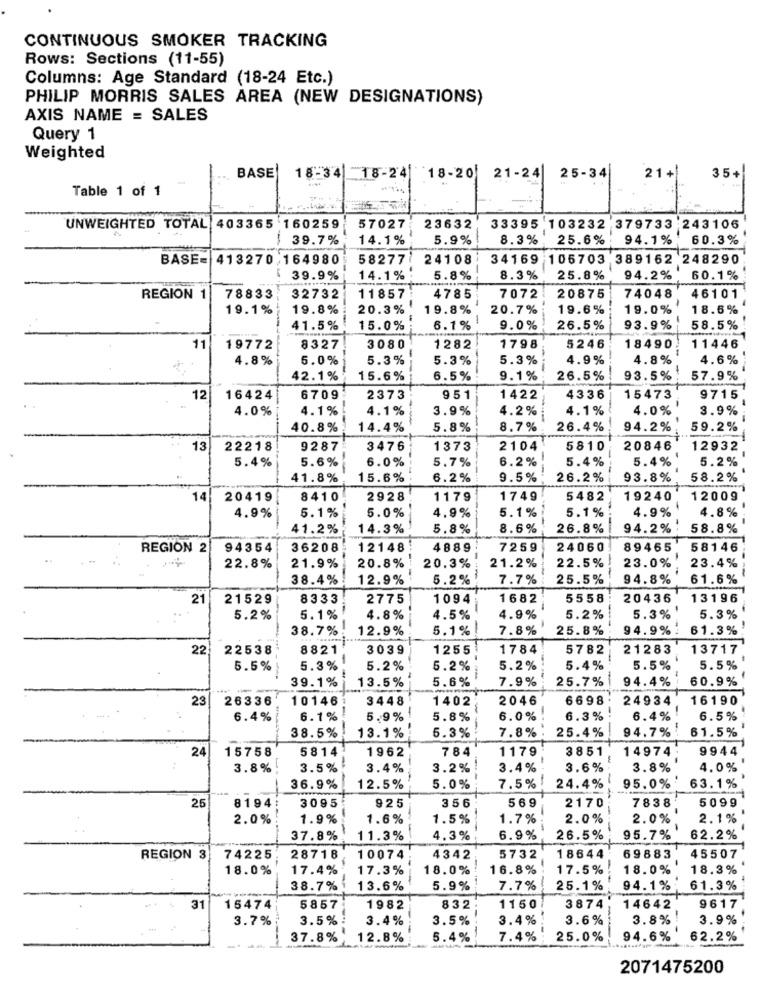
CONTINUOUS SMOKER TRACKING
Rows: Sections (11-55)
Columns: Age Standard (18-24 Etc.)
PHILIP MORRIS SALES AREA (NEW DESIGNATIONS)
AXIS NAME = SALES
Query 1
Weighted
35+
BASE
18-34 18-241 18-20
21-24
25-34
21+1
Table 1 of 1
UNWEIGHTED TOTAL 403365 160259
57027
23632
33395 103232
379733:243106
39.7%
14.1%
5.9%
8.3%
25.6%
94.1%
60.3%
BASE=
413270 164980
58277
24108
34169 105703
389162 248290
39.9%
14.1%
5.8%
8.3%
25.8%
94.2%
60.1%
REGION 1
78833
32732
11857
4785
7072
20875
74048
46101
19.1%
19.8%
20.3%
19.8%
20.7%
19.6%
19.0%
18.6%
41.5%
15.0%
6.1%
9.0%
26.5%
93.9%
58.5%
11
19772
8327
3080
1282
1798
5246
18490
11446
4.8%
5.0%
5.3%
5.3%
5.3%
4.9%
4.8%
4.6%
42.1%
15.6%
6.5%
9.1%
26.5%
93.5%
57.9%
12
16424
6709
2373
951
1422
4336
15473
9715
4.0%
4.1%
4.1%
3.9%
4.2%
4.1%
4.0%
3.9%
40.8%
14.4%
5.8%
8.7%
26.4%
94.2%
59.2%
13
22218
9287
3476
1373
2104
5810
20846
12932
5.4%
5.6%
6.0%
5.7%
6.2%
5.4%
5.4%
5.2%
41.8%
15.6%
6.2%
9.5%
26.2%
93.8%
58.2%
14
20419
8410
2928
1179
1749
5482
19240
12009
5.0%
5.1%
5.1%
4.9%
4.8%
4.9%
5.1%
4.9%
41.2%
14.3%
5.8%
8.6%
26.8%
94.2%
58.8%
REGION 2
94354
36208
-------
12148
4889
7259
24060
89465
58146
23.0%
23.4%
22.8%
21.9%
20.8%
20.3%
21.2%
22.5%
38.4%
12.9%
5.2%
7.7%
25.5%
94.8%
61.6%
21
21529
8333
2775
1094
1682
5558
20436
13196
5.2%
5.1%
4.8%
4.5%
4.9%
5.2%
5.3%
5.3%
38.7%
12.9%
5.1%
7.8%
25.8%
94.9%
61.3%
22
22538
8821
3039
1255
1784
5782
21283
13717
5.5%
5.3%
5.2%
5.2%
5.2%
5.4%
5.5%
5.5%
---
39.1%
-
5.6%
7.9%
25.7%
94.4%
60.9%
13.5%
23
26336
10146
3448
1402
2046
6698
24934
16190
6.4%
6.1%
5.9%
5.8%
6.0%
6.3%
6.4%
6.5%
7.8%
94.7%
61.5%
38.5%
13.1%
5.3%
25.4%
24
15758
5814
1962
784
1179
3851
14974
9944
3.8%
3.5%
3.4%
3.2%
3.4%
3.6%
3.8%
4.0%
36.9%
12.5%
5.0%
7.5%
24.4%
95.0%
63.1%
925
356
569
7838
5099
25
8194
3095
2170
2.0%
1.9%
1.6%
1.5%
1.7%
2.0%
2.0%
2.1%
37.8%
11.3%
4.3%
6.9%
26.5%
95.7%
62.2%
REGION 3
74225
28718
10074
4342
5732
18644
69883
45507
18.0%
17.4%
17.3%
18.0%
16.8%
17.5%
18.0%
18.3%
38.7%
13.6%
5.9%
7.7%
25.1%
94.1%
61.3%
9617
31
15474
5857
1982
832
1150
3874
14642
3.7%
3.5%
3.4%
3.5%
3.4%
3.6%
3.8%
3.9%
37.8%
12.8%
5.4%
7.4%
25.0%
94.6%
62.2%
2071475200